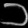
Digit: ၁